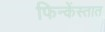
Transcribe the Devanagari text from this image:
फिन्केंस्तात